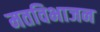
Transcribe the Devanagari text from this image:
मतविभाजन